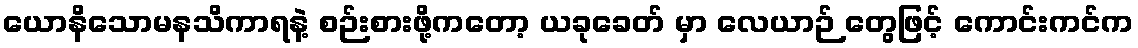
ယောနိသောမနသိကာရနဲ့ စဉ်းစားဖို့ကတော့ ယခုခေတ် မှာ လေယာဉ် တွေဖြင့် ကောင်းကင်က